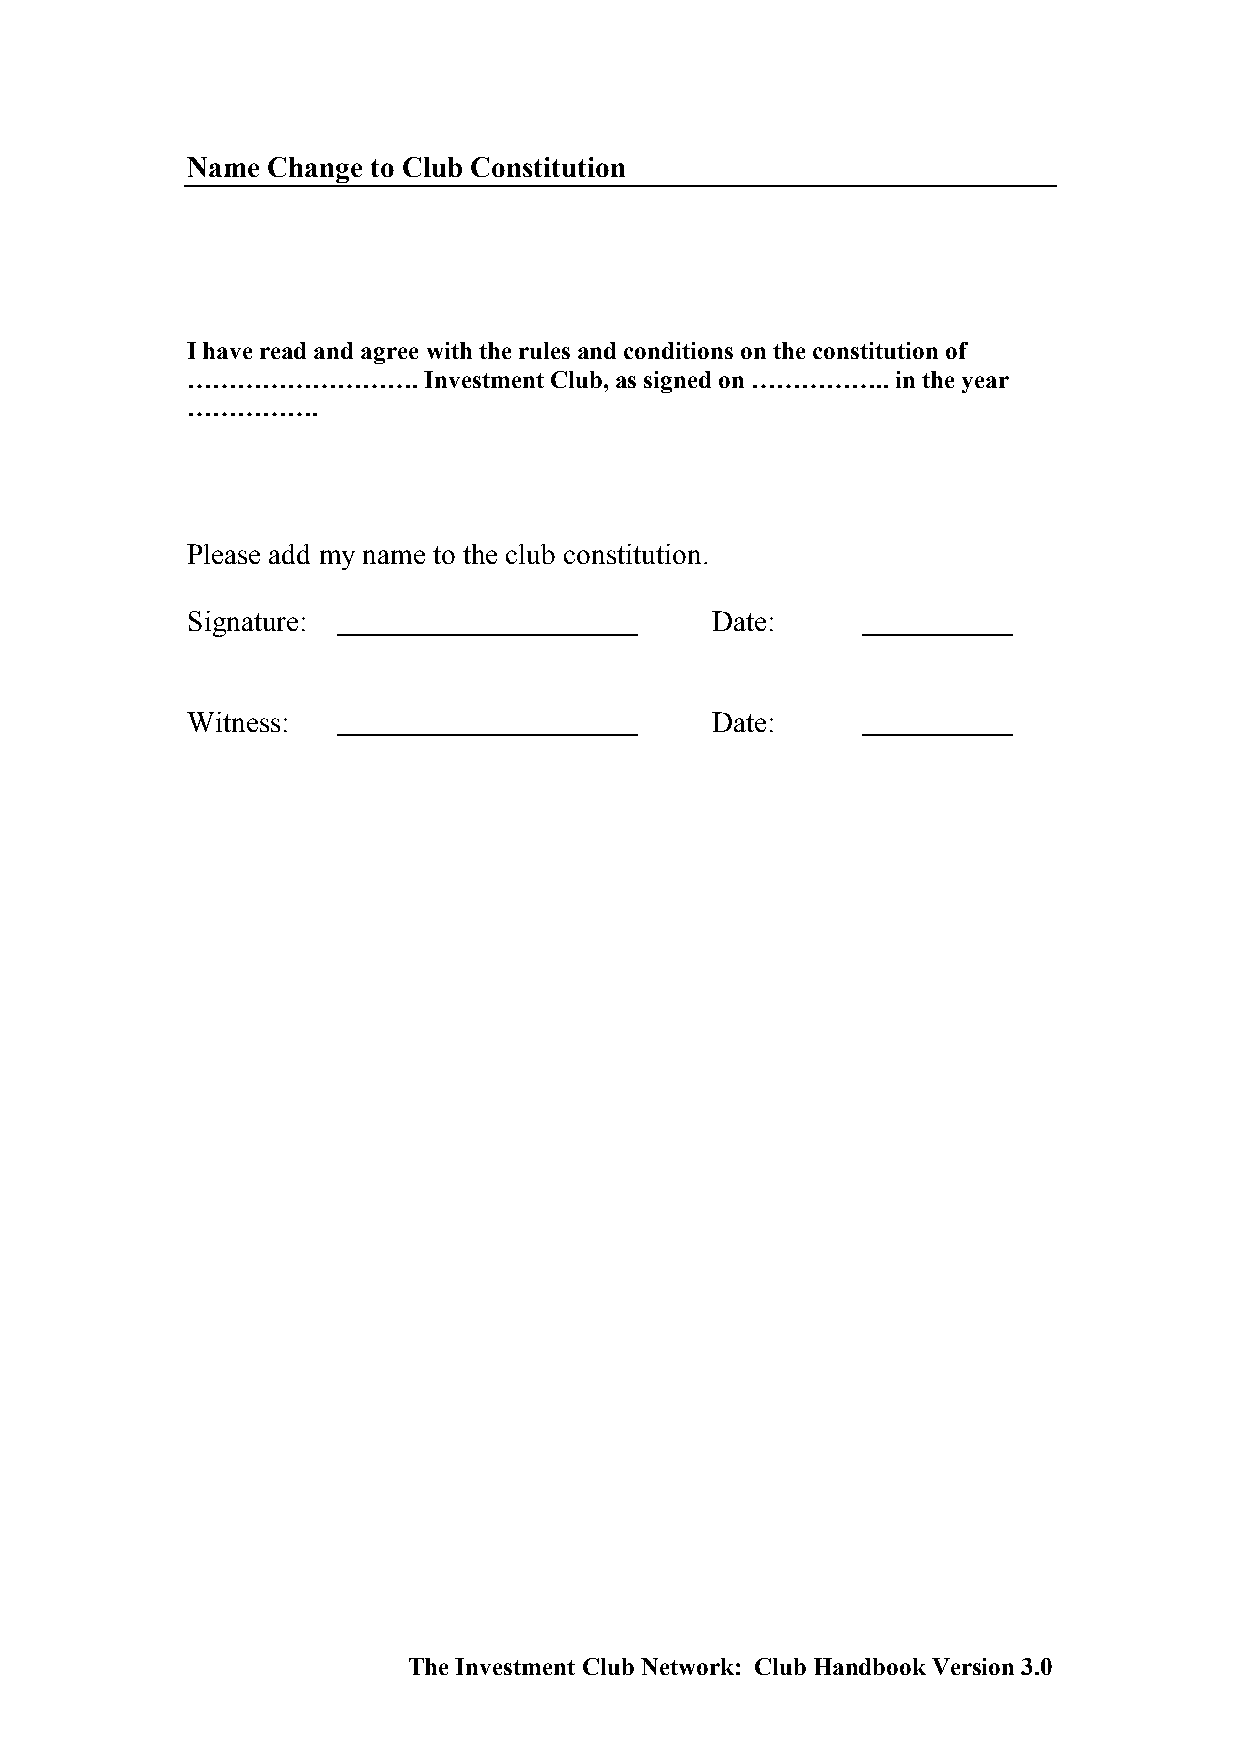
Name  Change to Club Constitution
 I have read and agree with the rules and conditions on the constitution of
 ……………………….      Investment Club, as signed on …………….. in the year
 …………….
 Please add my name to the club constitution.
 Signature:                         Date:
 Witness:                           Date:
 The Investment Club Network: Club Handbook Version 3.0